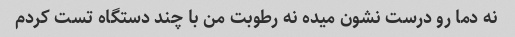
نه دما رو درست نشون میده نه رطوبت من با چند دستگاه تست کردم